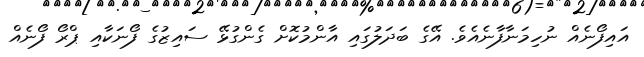
އައިފޯނެއް ނުހިމަނާފާނެއެވެ. އޭގެ ބަދަލުގައި އާންމުކޮށް ގެންގުޅޭ ސައިޒުގެ ފޯނަކާއި ޕްރޯ ފޯނެއް